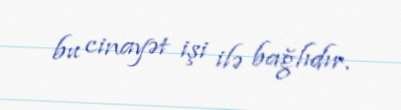
bu cinayət işi ilə bağlıdır.